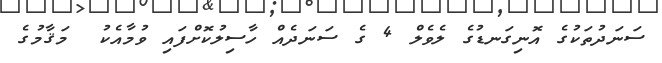
ސަނަދުތަކުގެ އޮނިގަނޑުގެ ލެވެލް 4 ގެ ސަނަދެއް ހާސިލުކޮށްފައި ވުމާއެކު  މަޤާމުގެ